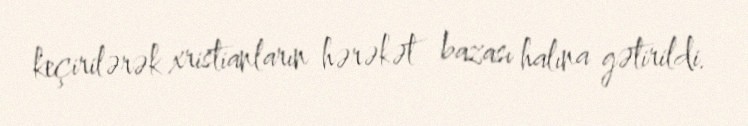
keçirilərək xristianların hərəkət bazası halına gətirildi.